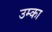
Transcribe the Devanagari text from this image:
उम्का